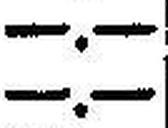
—.—